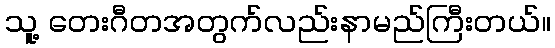
သူ့ တေးဂီတအတွက်လည်းနာမည်ကြီးတယ်။